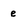
Character: e